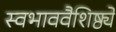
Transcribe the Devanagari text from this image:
स्वभाववैशिष्ठ्ये